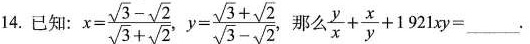
14. 已知： $$x = \frac { \sqrt { 3 } - \sqrt{ 2 } } { \sqrt { 3 } + \sqrt { 2 } }$$ $$y= \frac { \sqrt { 3 } + \sqrt { 2 } } {